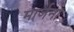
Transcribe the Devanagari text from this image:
मार्जना